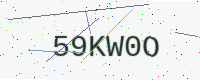
Text: 59KW0O